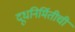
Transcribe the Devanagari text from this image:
दूधनिर्मितीची